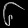
Digit: ၆